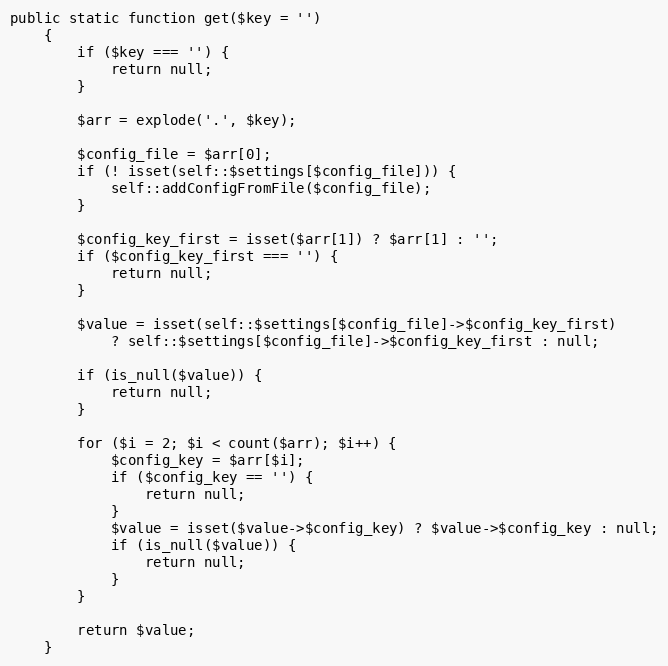
Language: PHP
public static function get($key = '')
    {
        if ($key === '') {
            return null;
        }

        $arr = explode('.', $key);

        $config_file = $arr[0];
        if (! isset(self::$settings[$config_file])) {
            self::addConfigFromFile($config_file);
        }

        $config_key_first = isset($arr[1]) ? $arr[1] : '';
        if ($config_key_first === '') {
            return null;
        }

        $value = isset(self::$settings[$config_file]->$config_key_first)
            ? self::$settings[$config_file]->$config_key_first : null;

        if (is_null($value)) {
            return null;
        }

        for ($i = 2; $i < count($arr); $i++) {
            $config_key = $arr[$i];
            if ($config_key == '') {
                return null;
            }
            $value = isset($value->$config_key) ? $value->$config_key : null;
            if (is_null($value)) {
                return null;
            }
        }

        return $value;
    }